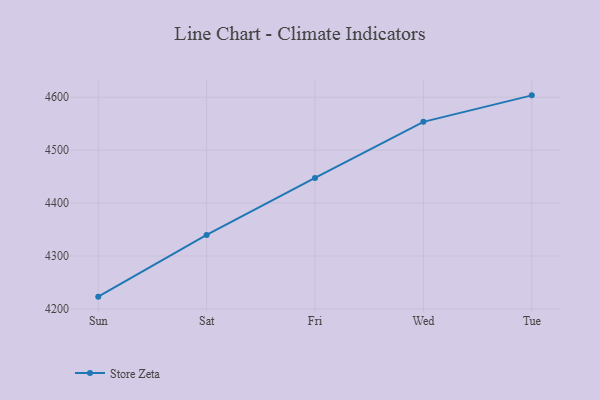
{"axis": {"x": "Day", "y": "Energy Usage (MWh)"}, "legend": ["Store Zeta"], "data": [{"x": "Sun", "y": 4223.2, "type": "Store Zeta"}, {"x": "Sat", "y": 4339.8, "type": "Store Zeta"}, {"x": "Fri", "y": 4447.5, "type": "Store Zeta"}, {"x": "Wed", "y": 4553.4, "type": "Store Zeta"}, {"x": "Tue", "y": 4603.4, "type": "Store Zeta"}]}